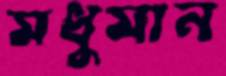
মধুমান